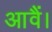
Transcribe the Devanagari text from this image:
आवैं।